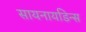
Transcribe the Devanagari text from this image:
सायनायडिन्स